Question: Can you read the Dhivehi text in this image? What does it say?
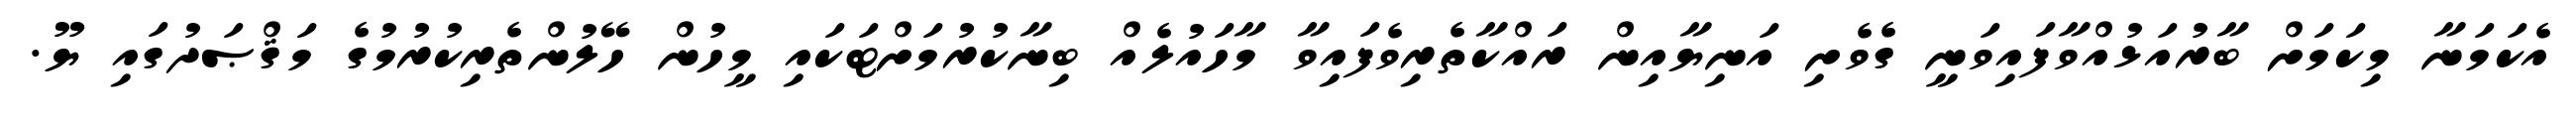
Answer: އެކަމަނާ މިކަމަށް ބާރުއަޅުއްވާފައިވަނީ ގެވެށި އަނިޔާއިން ރައްކާތެރިވެފައިވާ މާހައުލެއް ބިނާކުރުމަށްޓަކައި މީހުން ހޭލުންތެރިކުރުމުގެ މަޤްޞަދުގައި ޔޫ.